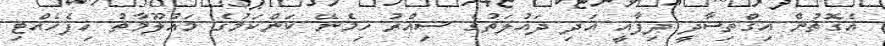
އެގޮތުން އިގްތިސާދީ ދިފާއީ އަދި ދައުލަތުގެ ސިއްރު ހިމެނޭ ކަންކަމުގެ މައުލޫމާތު ހިފެހެއްޓި